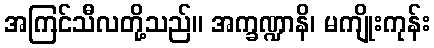
အကြင်သီလတို့သည်။ အက္ခဏ္ဍာနိ၊ မကျိုးကုန်း